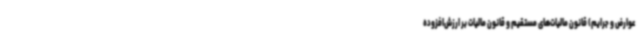
عوارض و جرایم) قانون مالیات‌های مستقیم و قانون مالیات بر ارزش‌افزوده